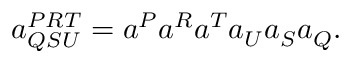
\begin{array} { r } { a _ { Q S U } ^ { P R T } = a ^ { P } a ^ { R } a ^ { T } a _ { U } a _ { S } a _ { Q } . } \end{array}